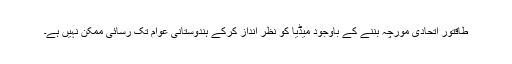
طاقتور اتحادی مورچہ بننے کے باوجود میڈیا کو نظر انداز کرکے ہندوستانی عوام تک رسائی ممکن نہیں ہے۔